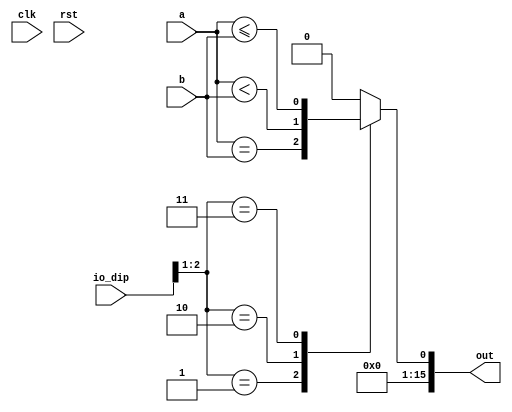
/*
   This file was generated automatically by the Mojo IDE version B1.3.6.
   Do not edit this file directly. Instead edit the original Lucid source.
   This is a temporary file and any changes made to it will be destroyed.
*/

module cmp_7 (
    input clk,
    input rst,
    input [7:0] io_dip,
    input [15:0] a,
    input [15:0] b,
    output reg [15:0] out
  );
  
  
  
  reg [15:0] holder;
  
  always @* begin
    holder = 1'h0;
    
    case (io_dip[1+1-:2])
      1'h1: begin
        holder = {15'h0000, (a == b)};
      end
      2'h2: begin
        holder = {15'h0000, (a < b)};
      end
      2'h3: begin
        holder = {15'h0000, (a <= b)};
      end
    endcase
    out = holder[0+15-:16];
  end
endmodule